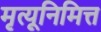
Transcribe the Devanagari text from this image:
मृत्यूनिमित्त